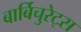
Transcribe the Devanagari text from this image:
बार्बिचुरेट्स